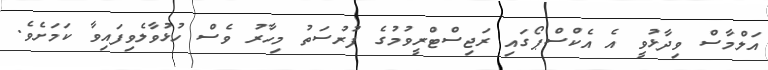
އަލްމާސް ވިދާޅުވީ އެ އެކްސްޕޯގައި ރަޖިސްޓްރީވުމުގެ ފުރުސަތު މިހާރު ވެސް ހުޅުވާލެވިފައިވާ ކަމަށެވެ.